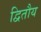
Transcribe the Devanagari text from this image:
द्वितौय